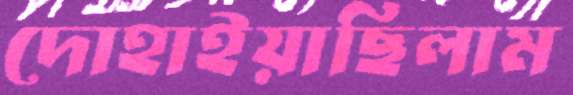
দোহাইয়াছিলাম